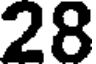
28